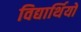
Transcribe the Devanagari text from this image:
विद्यार्थियों